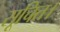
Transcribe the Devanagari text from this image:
सूचित।